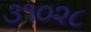
૩૧૦૨૮